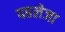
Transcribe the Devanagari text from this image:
पहलेजा